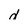
Character: d